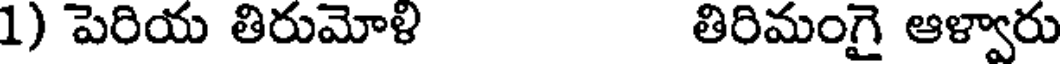
1) పెరియ తిరుమోళి తిరిమంగై ఆళ్వారు